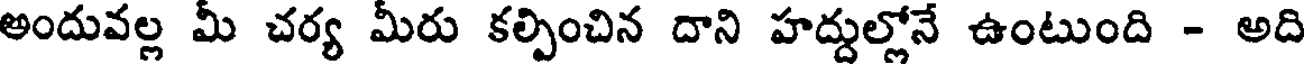
అందువల్ల మీ చర్య మీరు కల్పించిన దాని హద్దుల్లోనే ఉంటుంది - అది